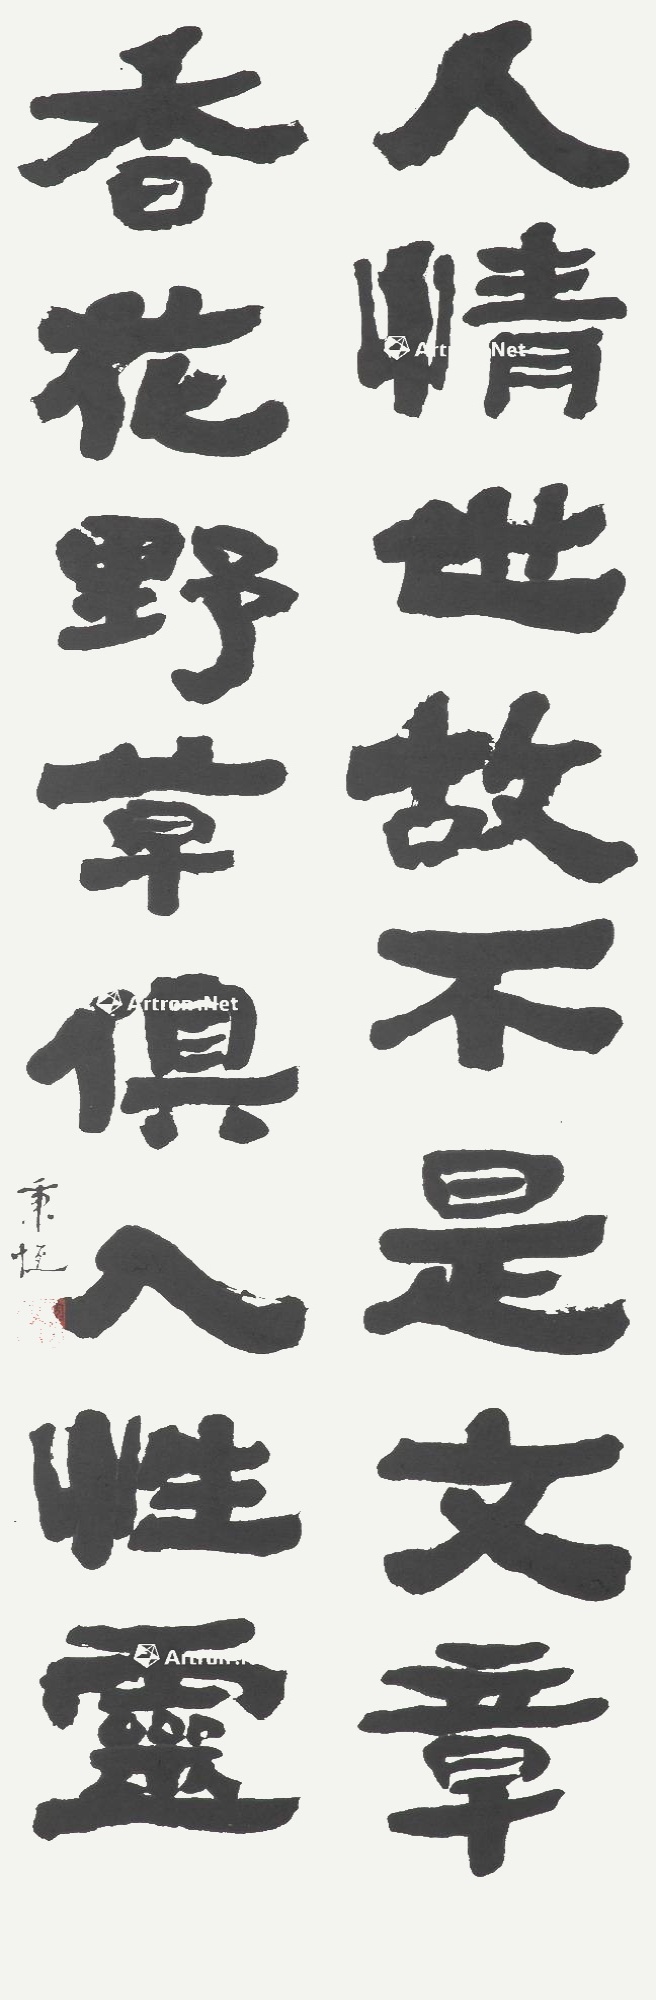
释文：人情世故不是文章，香花野草俱入性灵。秉恒。